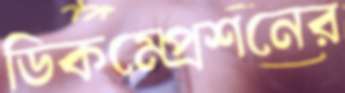
ডিকম্প্রেশনের